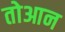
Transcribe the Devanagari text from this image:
तोआन